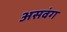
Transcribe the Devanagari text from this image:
असवंग